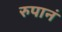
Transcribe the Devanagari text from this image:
रुपानं